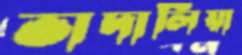
ভাদালিয়া